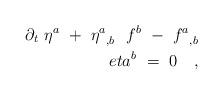
LaTeX: \begin{align*}\partial_t\ \eta^a\ +\ {\eta^a}_{,b}\ \ f^b\ -\ {f^a}_{,b}\\eta^b \ =\ 0\ \ \ ,\end{align*}